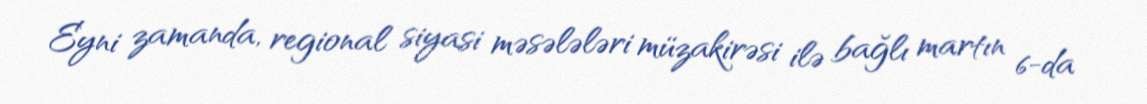
Eyni zamanda, regional siyasi məsələləri müzakirəsi ilə bağlı martın 6-da